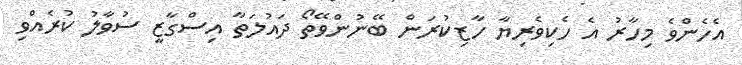
އެހެންވެ މިހާރު އެ ހެކިވެރިޔާ ހާޒިކުރަން ބޭނުންވޭތޯ ދައުލަތާ އިސްގާޒީ ސުވާލު ކުރެއްވި